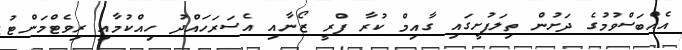
އެއްބަސްވުމުގެ ދަށުން ތިލަފުށީގައި ގާއިމް ކުރާ ފްރީ ޒޯނާއި އެސަރަހައްދު ހިއްކުމާއި ރިވެޓްމަންޓު